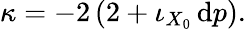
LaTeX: \kappa=-2\, (2+\iota_{X_{0}}\, \mathrm{d}p).